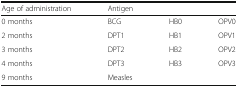
<table><thead><tr><td><b>Age of administration</b></td><td colspan="3"><b>Antigen</b></td></tr></thead><tbody><tr><td>0 months</td><td>BCG</td><td>HB0</td><td>OPV0</td></tr><tr><td>2 months</td><td>DPT1</td><td>HB1</td><td>OPV1</td></tr><tr><td>3 months</td><td>DPT2</td><td>HB2</td><td>OPV2</td></tr><tr><td>4 months</td><td>DPT3</td><td>HB3</td><td>OPV3</td></tr><tr><td>9 months</td><td>Measles</td><td></td><td></td></tr></tbody></table>